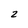
Character: 2